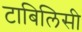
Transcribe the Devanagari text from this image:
टाबिलिसी